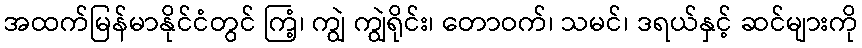
အထက်မြန်မာနိုင်ငံတွင် ကြံ့၊ ကျွဲ ကျွဲရိုင်း၊ တောဝက်၊ သမင်၊ ဒရယ်နှင့် ဆင်များကို